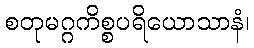
စတုမဂ္ဂကိစ္စပရိယောသာနံ၊